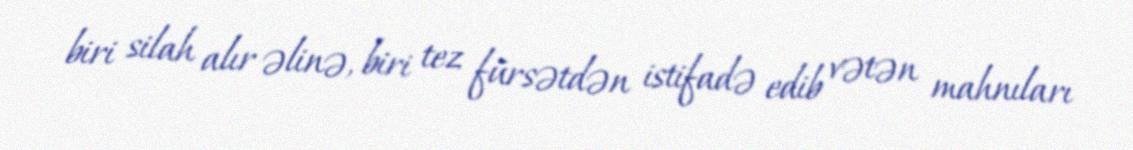
biri silah alır əlinə, biri tez fürsətdən istifadə edib vətən mahnıları